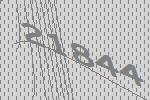
21844